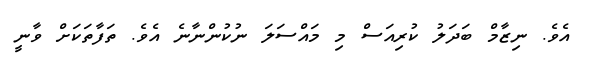
އެވެ. ނިޒާމް ބަދަލު ކުރިއަސް މި މައްސަލަ ނުކުންނާނެ އެވެ. ތަފާތަކަށް ވާނީ